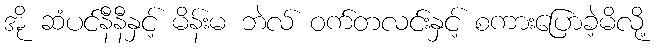
အို ဆံပင်နီနီနှင့် မိန်းမ ဘဲလ် ဝက်တလင်းနှင့် စကားပြောခဲ့မိလို့